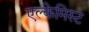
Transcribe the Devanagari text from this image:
एल्केमिस्ट